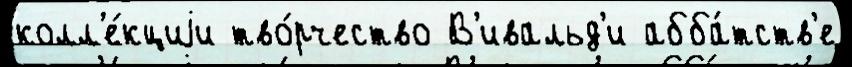
колл'е́кциjи тво́рчество В'ивальд'и абба́тств'е